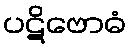
ပဋိဗောဓံ